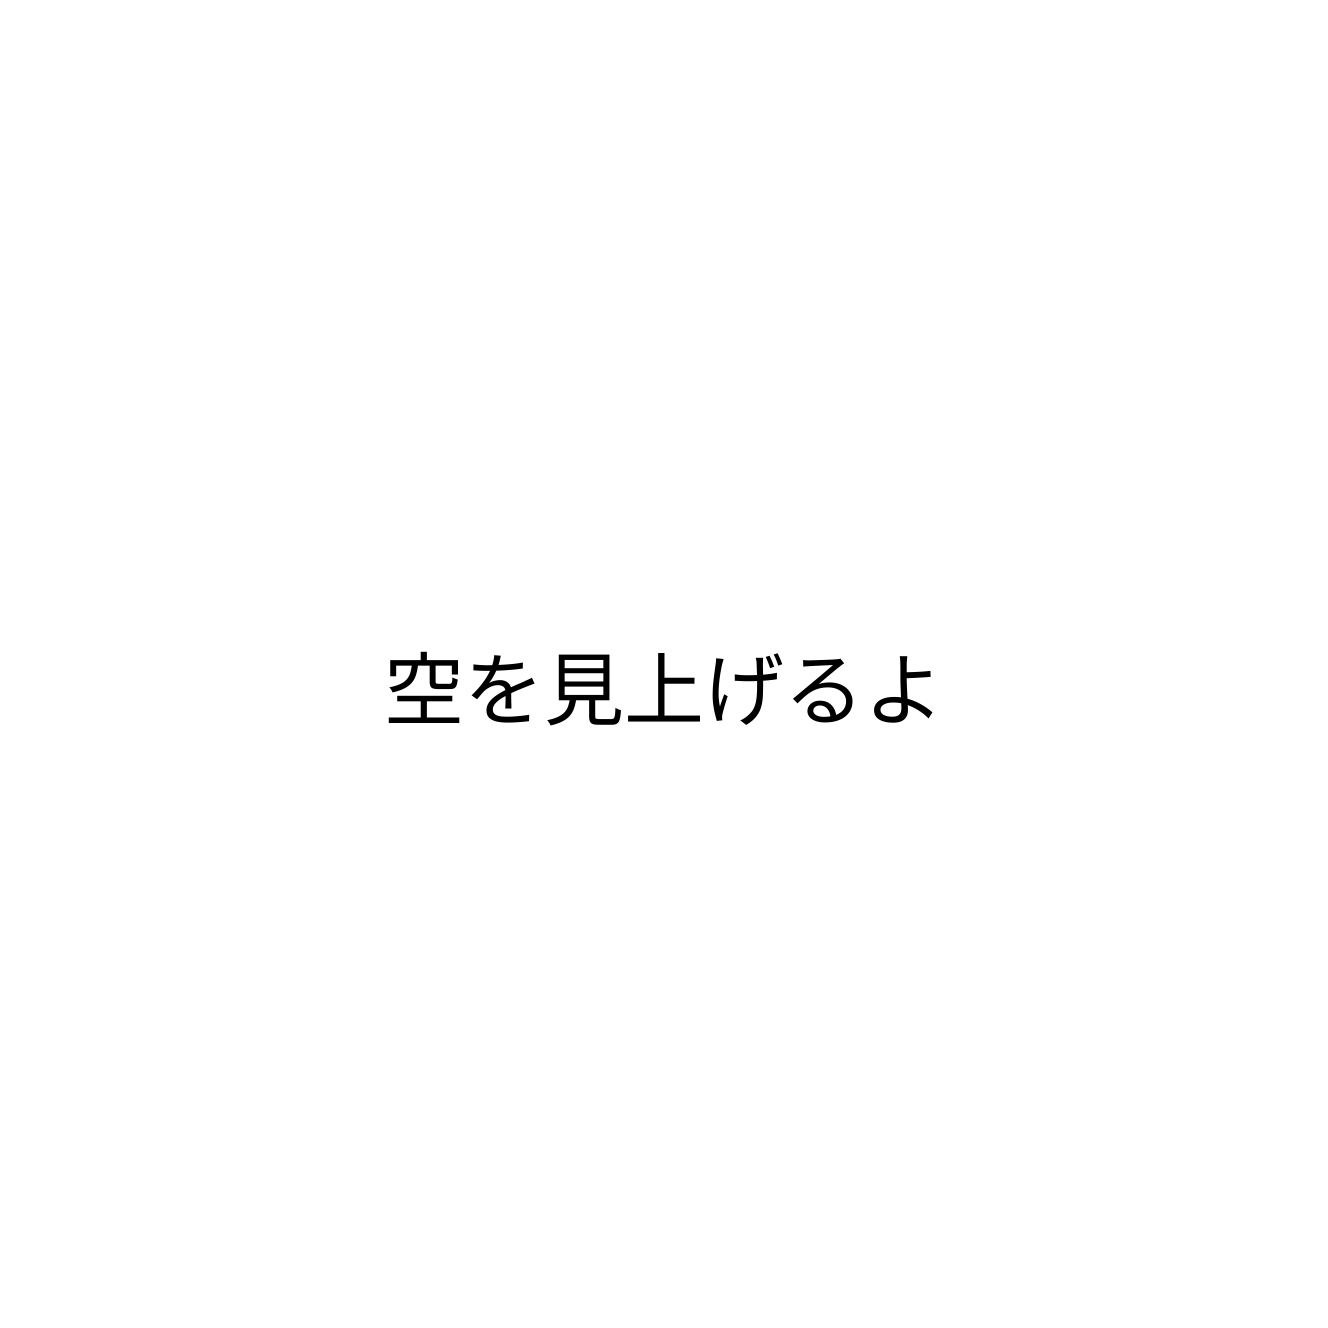
空を見上げるよ